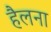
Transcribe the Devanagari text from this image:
हैलना